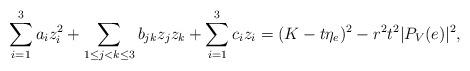
LaTeX: \begin{align*} \sum_{i=1}^{3} a_i z_i^{2} + \sum_{1 \leq j < k \leq 3} b_{jk} z_j z_k + \sum_{i=1}^{3} c_i z_i = (K-t \eta_{e})^{2} - r^{2} t^{2} |P_{V}(e)|^{2},\end{align*}